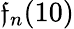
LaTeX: {\mathfrak{f}_{n}}(10)